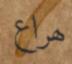
ھراع